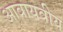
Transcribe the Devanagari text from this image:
आवायवीय